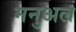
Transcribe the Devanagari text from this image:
मनुअल